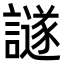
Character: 譢